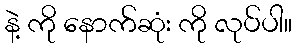
နဲ့ ကို နောက်ဆုံး ကို လုပ်ပါ။